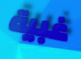
غبية